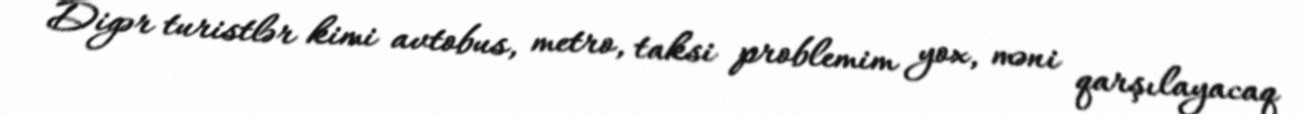
Digər turistlər kimi avtobus, metro, taksi problemim yox, məni qarşılayacaq